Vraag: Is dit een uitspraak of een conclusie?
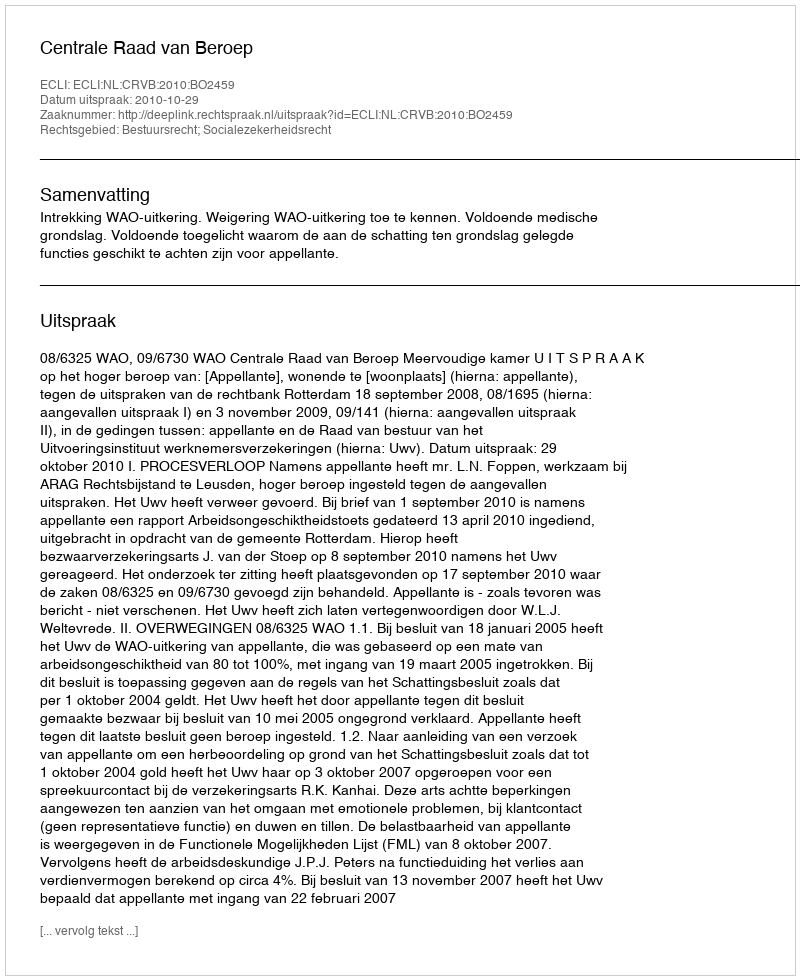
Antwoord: Uitspraak